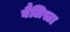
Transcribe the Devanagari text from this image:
बैलिस्टा